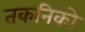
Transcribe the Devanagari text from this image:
तकनिको